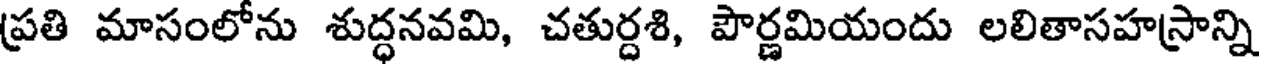
ప్రతి మాసంలోను శుద్ధనవమి, చతుర్దశి, పౌర్ణమియందు లలితాసహస్రాన్ని